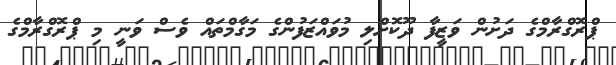
ޕްރޮގްރާމްގެ ދަށުން ވަޒީފާ ދޫކޮށްލި މުވައްޒަފުންގެ މަގާމްތައް ވެސް ވަނީ މި ޕްރޮގްރާމްގެ